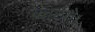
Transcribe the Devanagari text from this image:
काटते।